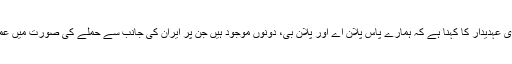
ایک سینئر برطانوی عہدیدار کا کہنا ہے کہ ہمارے پاس پلان اے اور پلان بی، دونوں موجود ہیں جن پر ایران کی جانب سے حملے کی صورت میں عمل کیا جاسکتا ہے۔